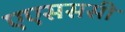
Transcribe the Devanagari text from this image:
एएसससी